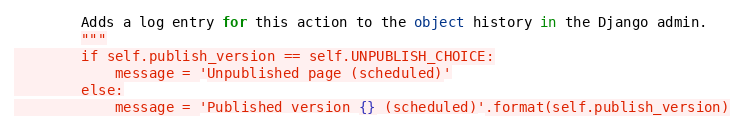
Language: Python
        Adds a log entry for this action to the object history in the Django admin.
        """
        if self.publish_version == self.UNPUBLISH_CHOICE:
            message = 'Unpublished page (scheduled)'
        else:
            message = 'Published version {} (scheduled)'.format(self.publish_version)